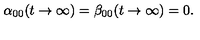
\alpha _ { 0 0 } ( t \to \infty ) = \beta _ { 0 0 } ( t \to \infty ) = 0 .